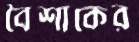
বৈশাকের